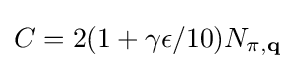
C=2(1+\gamma \epsilon /10)N_{\pi ,\mathbf {q} }